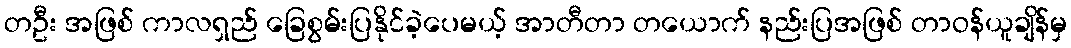
တဦး အဖြစ် ကာလရှည် ခြေစွမ်းပြနိုင်ခဲ့ပေမယ့် အာတီတာ တယောက် နည်းပြအဖြစ် တာဝန်ယူချိန်မှ